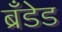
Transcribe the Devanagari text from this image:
ब्रँडेड